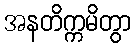
အနတိက္ကမိတွာ